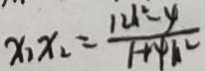
x _ { 1 } x _ { 2 } = \frac { 1 2 h ^ { 2 } - y } { 1 + 4 h ^ { 2 } }